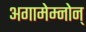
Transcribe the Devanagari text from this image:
अगामेम्नोन्